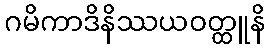
ဂမိကာဒိနိဿယဝတ္ထူနိ